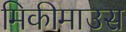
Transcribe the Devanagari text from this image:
मिकीमाउस